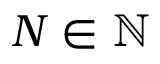
N \in \mathbb { N }